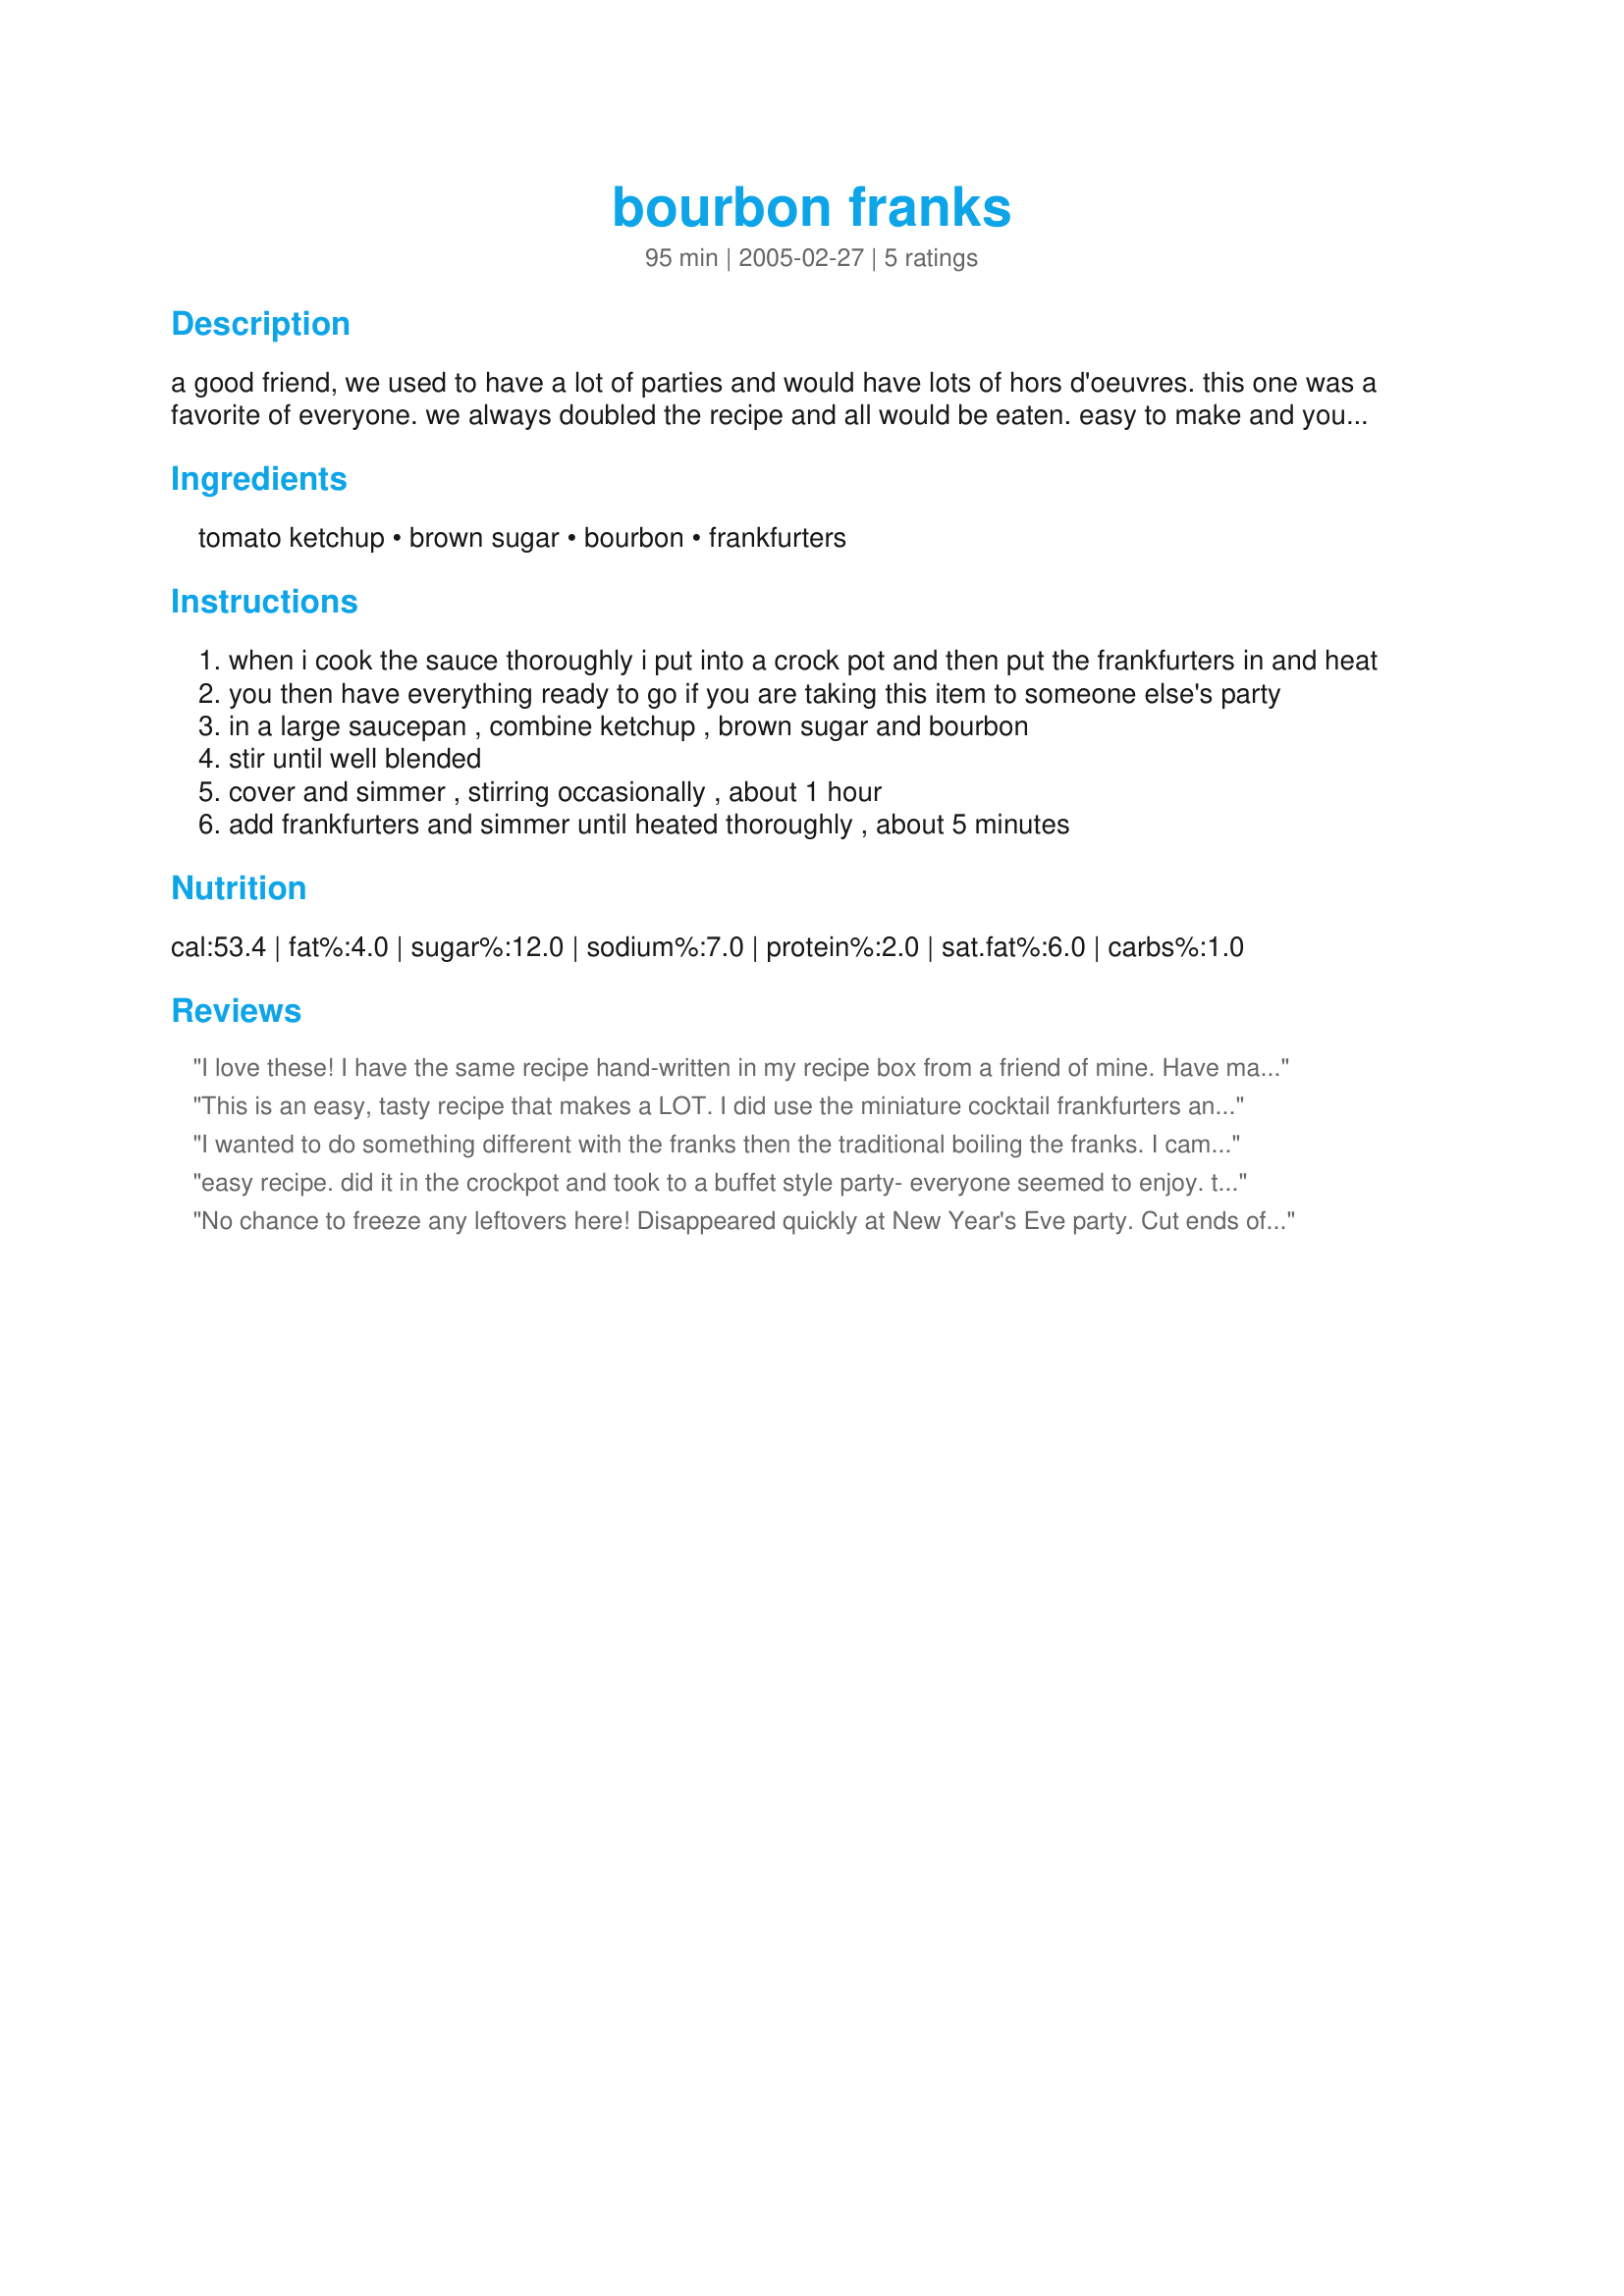
bourbon franks
Preparation time: 95 minutes

a good friend, we used to have a lot of parties and would have lots of hors d'oeuvres. this one was a favorite of everyone. we always doubled the recipe and all would be eaten. easy to make and you can freeze leftovers if you are lucky enough to have any. i us more bourbon than the recipe list for.

Ingredients:
tomato ketchup, brown sugar, bourbon, frankfurters

Steps:
when i cook the sauce thoroughly i put into a crock pot and then put the frankfurters in and heat
you then have everything ready to go if you are taking this item to someone else's party
in a large saucepan , combine ketchup , brown sugar and bourbon
stir until well blended
cover and simmer , stirring occasionally , about 1 hour
add frankfurters and simmer until heated thoroughly , about 5 minutes

Reviews:
I love these! I have the same recipe hand-written in my recipe box from a friend of mine. Have made it for several functions and it gets great comments. It has an unusual flavor because of the burbon...very tasty. I would also suggest that people not use those popular mini sausages as they don't soak up the sauce as well as the traditional hot dogs cut up. :-)
This is an easy, tasty recipe that makes a LOT. I did use the miniature cocktail frankfurters and will take the suggestion of using regular-size ones (cut-up) next time, as I don't think they really absorbed the flavor of the sauce.
I wanted to do something different with the franks then the traditional boiling the franks. I came across this recipe and tried it. It was not only easy to make, but it was a hit. My family loved it. I did not have enough ketchup so I substituted it with tomatoe sauce. I served it over rice. Great meal.
easy recipe. did it in the crockpot and took to a buffet style party- everyone seemed to enjoy. thanks.
No chance to freeze any leftovers here! Disappeared quickly at New Year's Eve party. Cut ends of dogs absorb flavor of the sauce better than small cocktail franks. I halved the recipe except for the bourbon and did them in a crockpot. Wonderful aroma in the kitchen when people sampled them!
